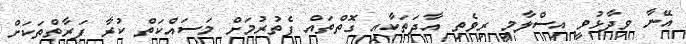
އޭނާ ވިދާޅުވީ އިސްލާމީ ރިވެތި އާދަތަކާއި ގޮތްތައް ފެތުރުމަށް މަސައްކަތް ކުރާ ފަރާތްތަކަށް